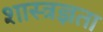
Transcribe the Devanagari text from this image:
शास्त्रज्ञता